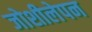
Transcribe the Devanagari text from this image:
जोशीलेपन